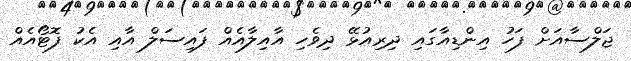
ޖަލްސާއަށް ފަހު އިންޑިއާގައި ދިރިއުޅޭ ދިވެހި އާއިލާއެއް ފައިސަލް އާއި އެކު ފޮޓޯއެއް